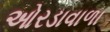
ઓરડાવાળા